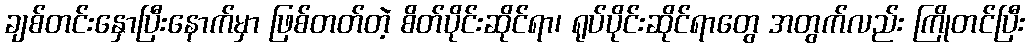
ချစ်တင်းနှောပြီးနောက်မှာ ဖြစ်တတ်တဲ့ စိတ်ပိုင်းဆိုင်ရာ၊ ရုပ်ပိုင်းဆိုင်ရာတွေ အတွက်လည်း ကြိုတင်ပြီး